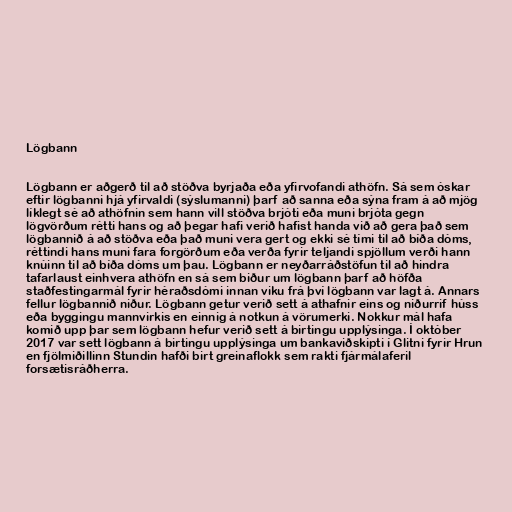
Lögbann

Lögbann er aðgerð til að stöðva byrjaða eða yfirvofandi athöfn. Sá sem óskar
eftir lögbanni hjá yfirvaldi (sýslumanni) þarf að sanna eða sýna fram á að mjög
líklegt sé að athöfnin sem hann vill stöðva brjóti eða muni brjóta gegn
lögvörðum rétti hans og að þegar hafi verið hafist handa við að gera það sem
lögbannið á að stöðva eða það muni vera gert og ekki sé tími til að bíða dóms,
réttindi hans muni fara forgörðum eða verða fyrir teljandi spjöllum verði hann
knúinn til að bíða dóms um þau. Lögbann er neyðarráðstöfun til að hindra
tafarlaust einhvera athöfn en sá sem biður um lögbann þarf að höfða
staðfestingarmál fyrir héraðsdómi innan viku frá því lögbann var lagt á. Annars
fellur lögbannið niður. Lögbann getur verið sett á athafnir eins og niðurrif húss
eða byggingu mannvirkis en einnig á notkun á vörumerki. Nokkur mál hafa
komið upp þar sem lögbann hefur verið sett á birtingu upplýsinga. Í október
2017 var sett lögbann á birtingu upplýsinga um bankaviðskipti í Glitni fyrir Hrun
en fjölmiðillinn Stundin hafði birt greinaflokk sem rakti fjármálaferil
forsætisráðherra.